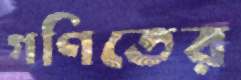
গণিতের